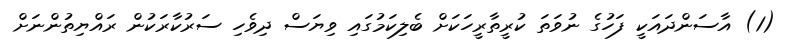
(1) އާސަންދައަކީ ފަހުގެ ނުވަތަ ކުރީތާރީހަކަށް ބެލިކަމުގައި ވިޔަސް ދިވެހި ސަރުކާރަކުން ރައްޔިތުންނަށް